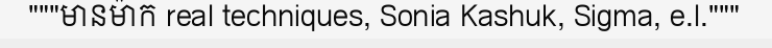
"""មានម៉ាក real techniques, Sonia Kashuk, Sigma, e.l."""